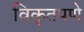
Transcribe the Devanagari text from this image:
विकृतपणे